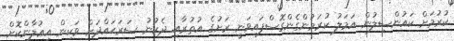
ކުރުމަށް ކައުންސިލުން އަމަލު ކުރަމުންގެންގޮސްފައިވަނީ ރަށުގެ އުތުރާއި ދެކުނު ސަރަޙައްދަށް ވަކިން އިޢުލާންކޮށް